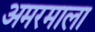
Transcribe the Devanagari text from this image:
अमरमाला